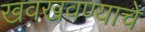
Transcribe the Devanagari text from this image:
खवखवण्याचे